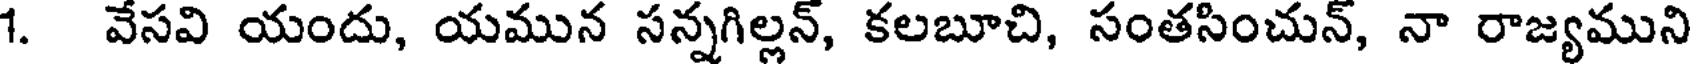
1. వేసవి యందు, యమున సన్నగిల్లన్, కలబూచి, సంతసించున్, నా రాజ్యముని